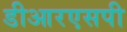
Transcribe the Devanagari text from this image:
डीआरएसपी